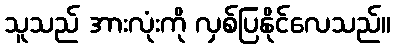
သူသည် အားလုံးကို လှစ်ပြနိုင်လေသည်။